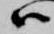
ハ